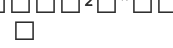
٨